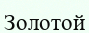
Золотой